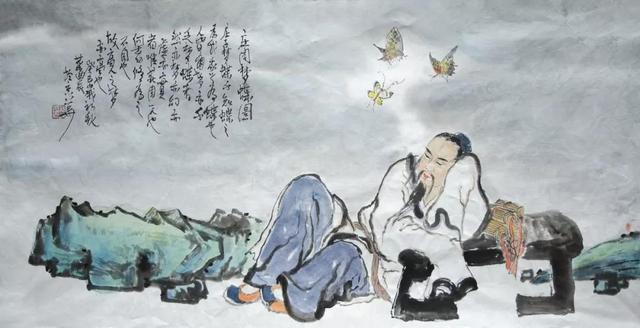
祸不妄至，福不徒来。